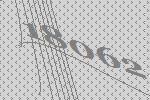
18062